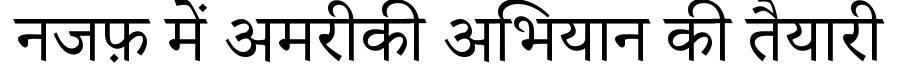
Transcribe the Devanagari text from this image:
नजफ़ में अमरीकी अभियान की तैयारी